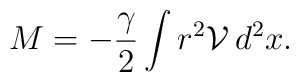
M=-\frac{\gamma}{2} \int r^{2}\mathcal{V}\, d^{2}x.